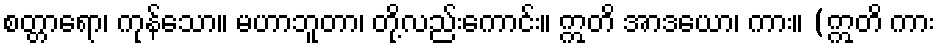
စတ္တာရော၊ ကုန်သော။ မဟာဘူတာ၊ တို့လည်းကောင်း။ ဣတိ အာဒယော၊ ကား။ (ဣတိ ကား